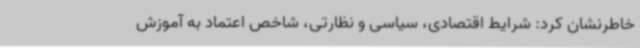
خاطرنشان کرد: شرایط اقتصادی، سیاسی و نظارتی، شاخص اعتماد به آموزش